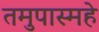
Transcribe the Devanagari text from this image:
तमुपास्महे